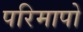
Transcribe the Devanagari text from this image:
परिमापो